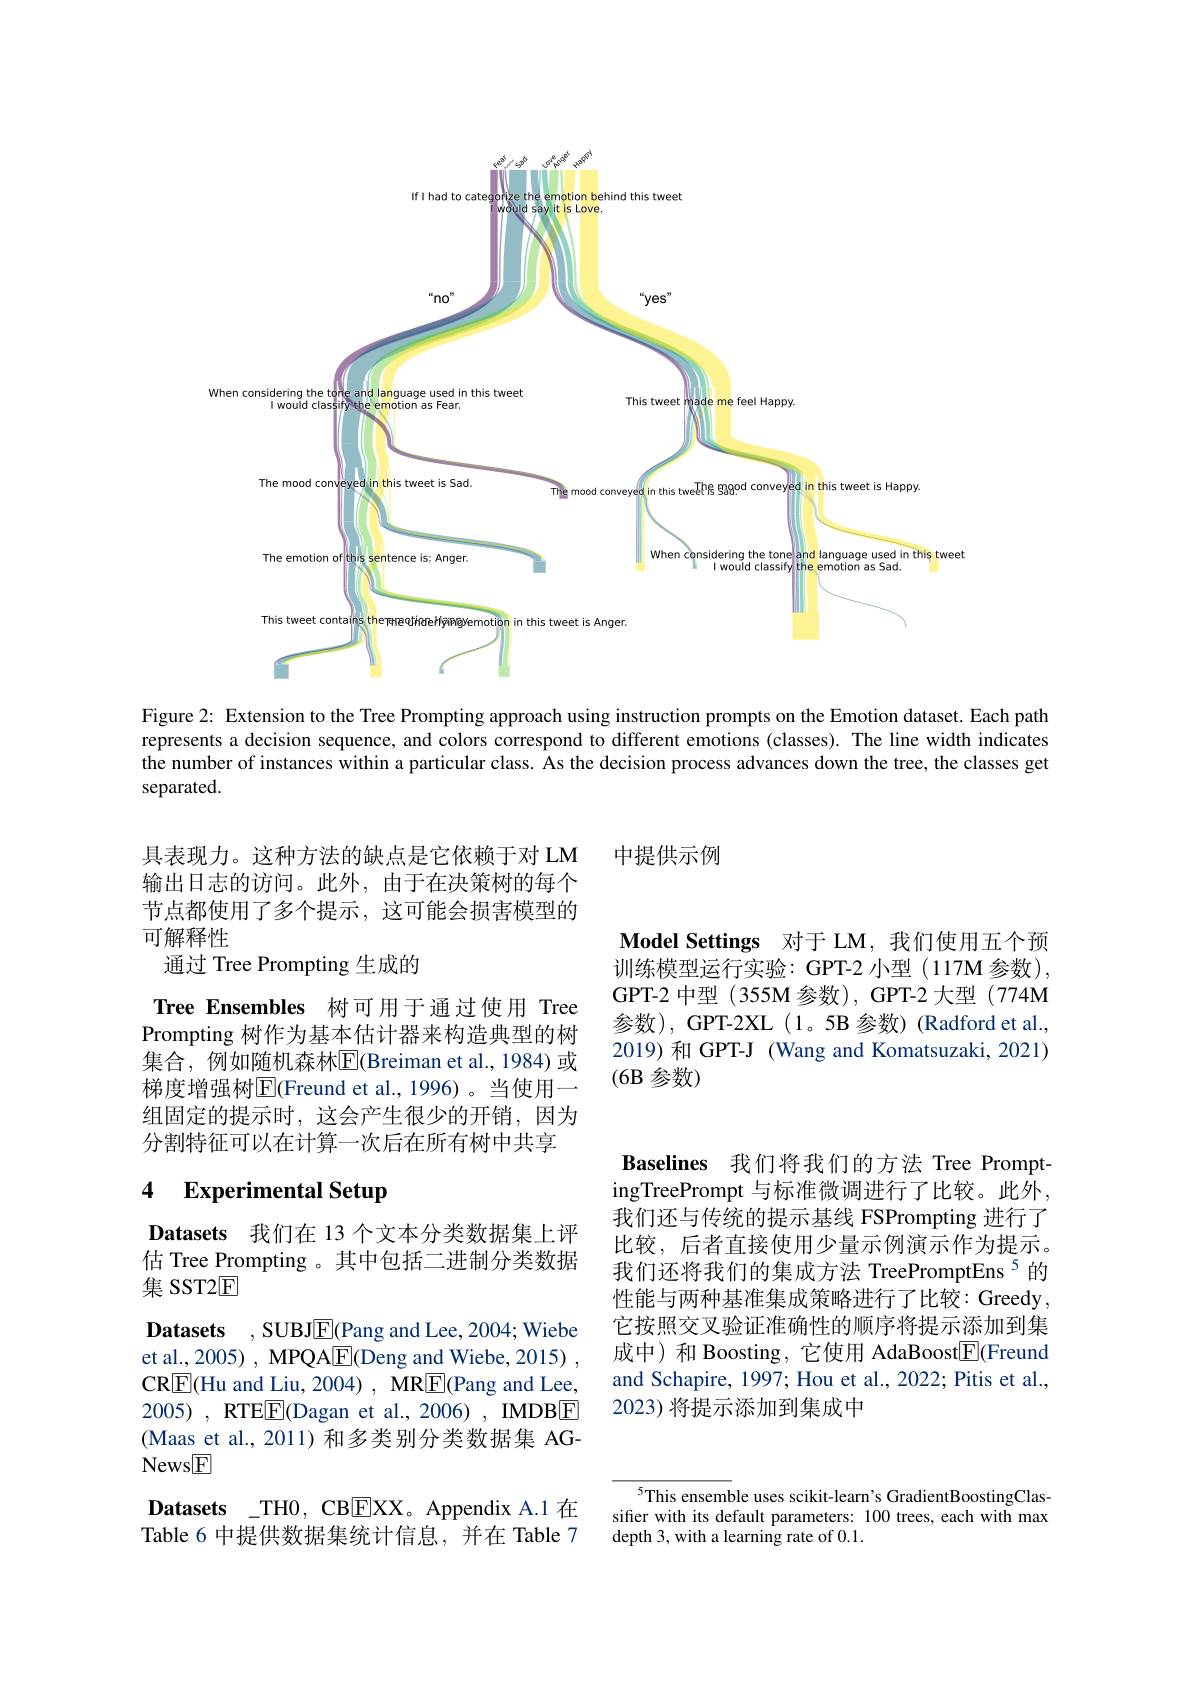
<FigureHere>

Figure 2: Extension to the Tree Prompting approach using instruction prompts on the Emotion dataset. Each path represents a decision sequence, and colors correspond to different emotions (classes). The line width indicates the number of instances within a particular class. As the decision process advances down the tree, the classes get separated.

中提供示例

Model Settings 对于 LM,我们使用五个预训练模型运行实验：GPT-2 小型 (117M 参数), GPT-2 中型 (355M 参数), GPT-2 大型 (774M 参数), GPT-2XL(1。5B 参数)(Radford et al., 2019) 和 GPT-J (Wang and Komatsuzaki, 2021) (6B 参数)

具表现力。这种方法的缺点是它依赖于对 LM 输出日志的访问。此外，由于在决策树的每个节点都使用了多个提示，这可能会损害模型的可解释性
通过 Tree Prompting 生成的

Tree Ensembles 树可用于通过使用 Tree Prompting 树作为基本估计器来构造典型的树集合，例如随机森林$\overline{\mathrm{E}}($Breiman et al.,1984)或梯度增强树$\overline{\mathrm{E}}($Freund et al.,1996)。当使用一组固定的提示时，这会产生很少的开销，因为分割特征可以在计算一次后在所有树中共享

## 4 Experimental Setup

Datasets 我们在 13 个文本分类数据集上评估 Tree Prompting 。其中包括二进制分类数据集 SST2$\mathbb{E}$
$\textbf{Datasets}$ , SUBJE(Pang and Lee, 2004; Wiebe et al., 2005) , MPQA$\underline{\mathrm{E}}($Deng and Wiebe, 2015) , CRE(Hu and Liu, 2004) , MRE(Pang and Lee, 2005), RTEE(Dagan et al., 2006) , IMDBE (Maas et al.,2011)和多类别分类数据集 AGNews$\underline{\mathrm{F}}$
Datasets\_TH0, CB$\boxed{\mathrm{E}}$XX。Appendix A.1 在Table 6 中提供数据集统计信息，并在 Table 7

Baselines 我们将我们的方法 Tree PromptingTreePrompt 与标准微调进行了比较。此外， 我们还与传统的提示基线 FSPrompting 进行了比较，后者直接使用少量示例演示作为提示。我们还将我们的集成方法 TreePromptEns$^{5}$的性能与两种基准集成策略进行了比较：Greedy 它按照交叉验证准确性的顺序将提示添加到集成中)和 Boosting, 它使用 AdaBoost$\boxed{\mathrm{F}}$(Freund and Schapire, 1997; Hou et al., 2022; Pitis et al., 2023) 将提示添加到集成中

5This ensemble uses scikit-learn's GradientBoostingClassifier with its default parameters: 100 trees, each with max depth 3, with a learning rate of 0.1.